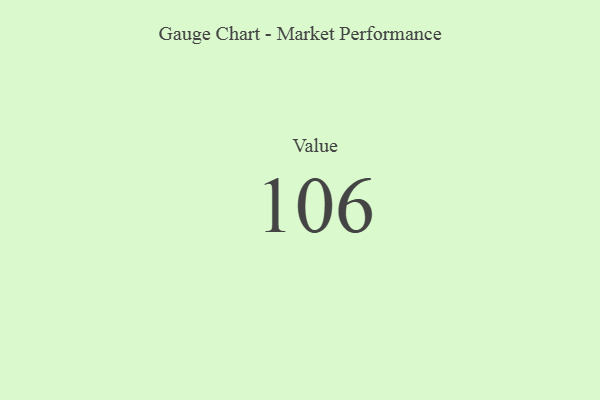
{"axis": {"x": "Metric", "y": "Value"}, "legend": [""], "data": [{"x": "Value", "y": 106, "type": ""}]}